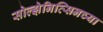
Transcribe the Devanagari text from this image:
सोल्झेनित्सिनच्या